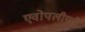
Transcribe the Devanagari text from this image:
एवोपलीयते